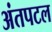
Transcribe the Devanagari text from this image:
अंतपटल